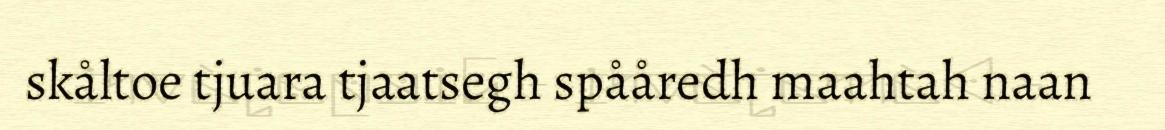
skåltoe tjuara tjaatsegh spååredh maahtah naan